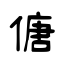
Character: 傏